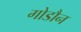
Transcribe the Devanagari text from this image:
गोडौन